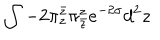
LaTeX: \int - 2 \pi _ { z } ^ { \bar { z } } \pi _ { \bar { z } } ^ { z } e ^ { - 2 \sigma } d ^ { 2 } z